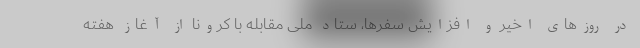
در روزهای اخیر و افزایش سفرها، ستاد ملی مقابله با کرونا از آغاز هفته